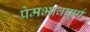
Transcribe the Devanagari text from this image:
प्रेमभावपूर्ण